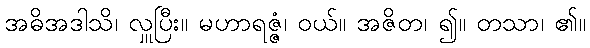
အဓိအဒါသိ၊ လှူပြီး။ မဟာရဇ္ဇံ၊ ဝယ်။ အဇိတ၊ ၍။ တသာ၊ ၏။